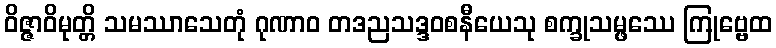
ဝိဇ္ဇာဝိမုတ္တိ သမဿာသေတုံ ဂုဏာဝ တဒညသဒ္ဒဝစနီယေသု စက္ခုသမ္ဖဿေ ကြုဗ္ဗေထ